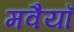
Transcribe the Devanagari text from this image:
मवैयाँ